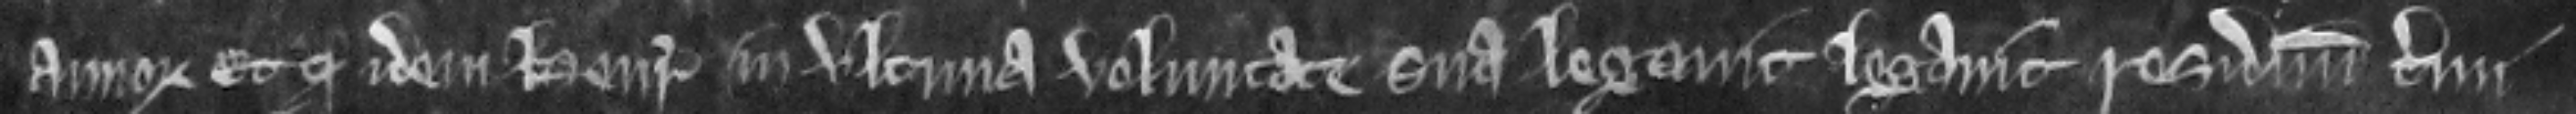
annorum. Et quod idem Henricus in ultima voluntate sua legavit legavit residuum termini